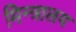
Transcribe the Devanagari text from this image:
मिन्त्रालय